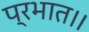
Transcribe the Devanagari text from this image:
प्रभात।।